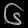
Digit: ၆